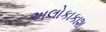
અલોકાકાશ